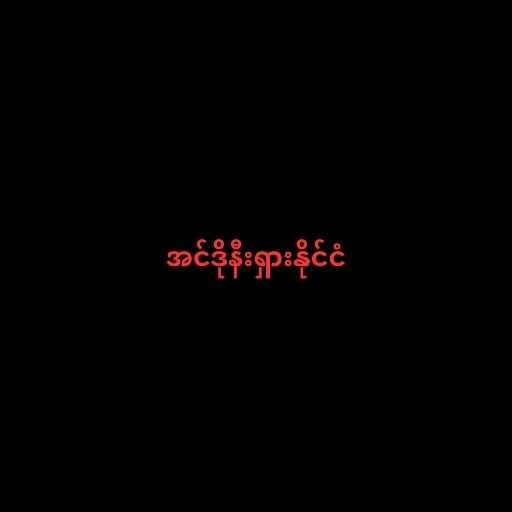
အင်ဒိုနီးရှားနိုင်ငံ